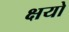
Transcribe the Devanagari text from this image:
क्षयो